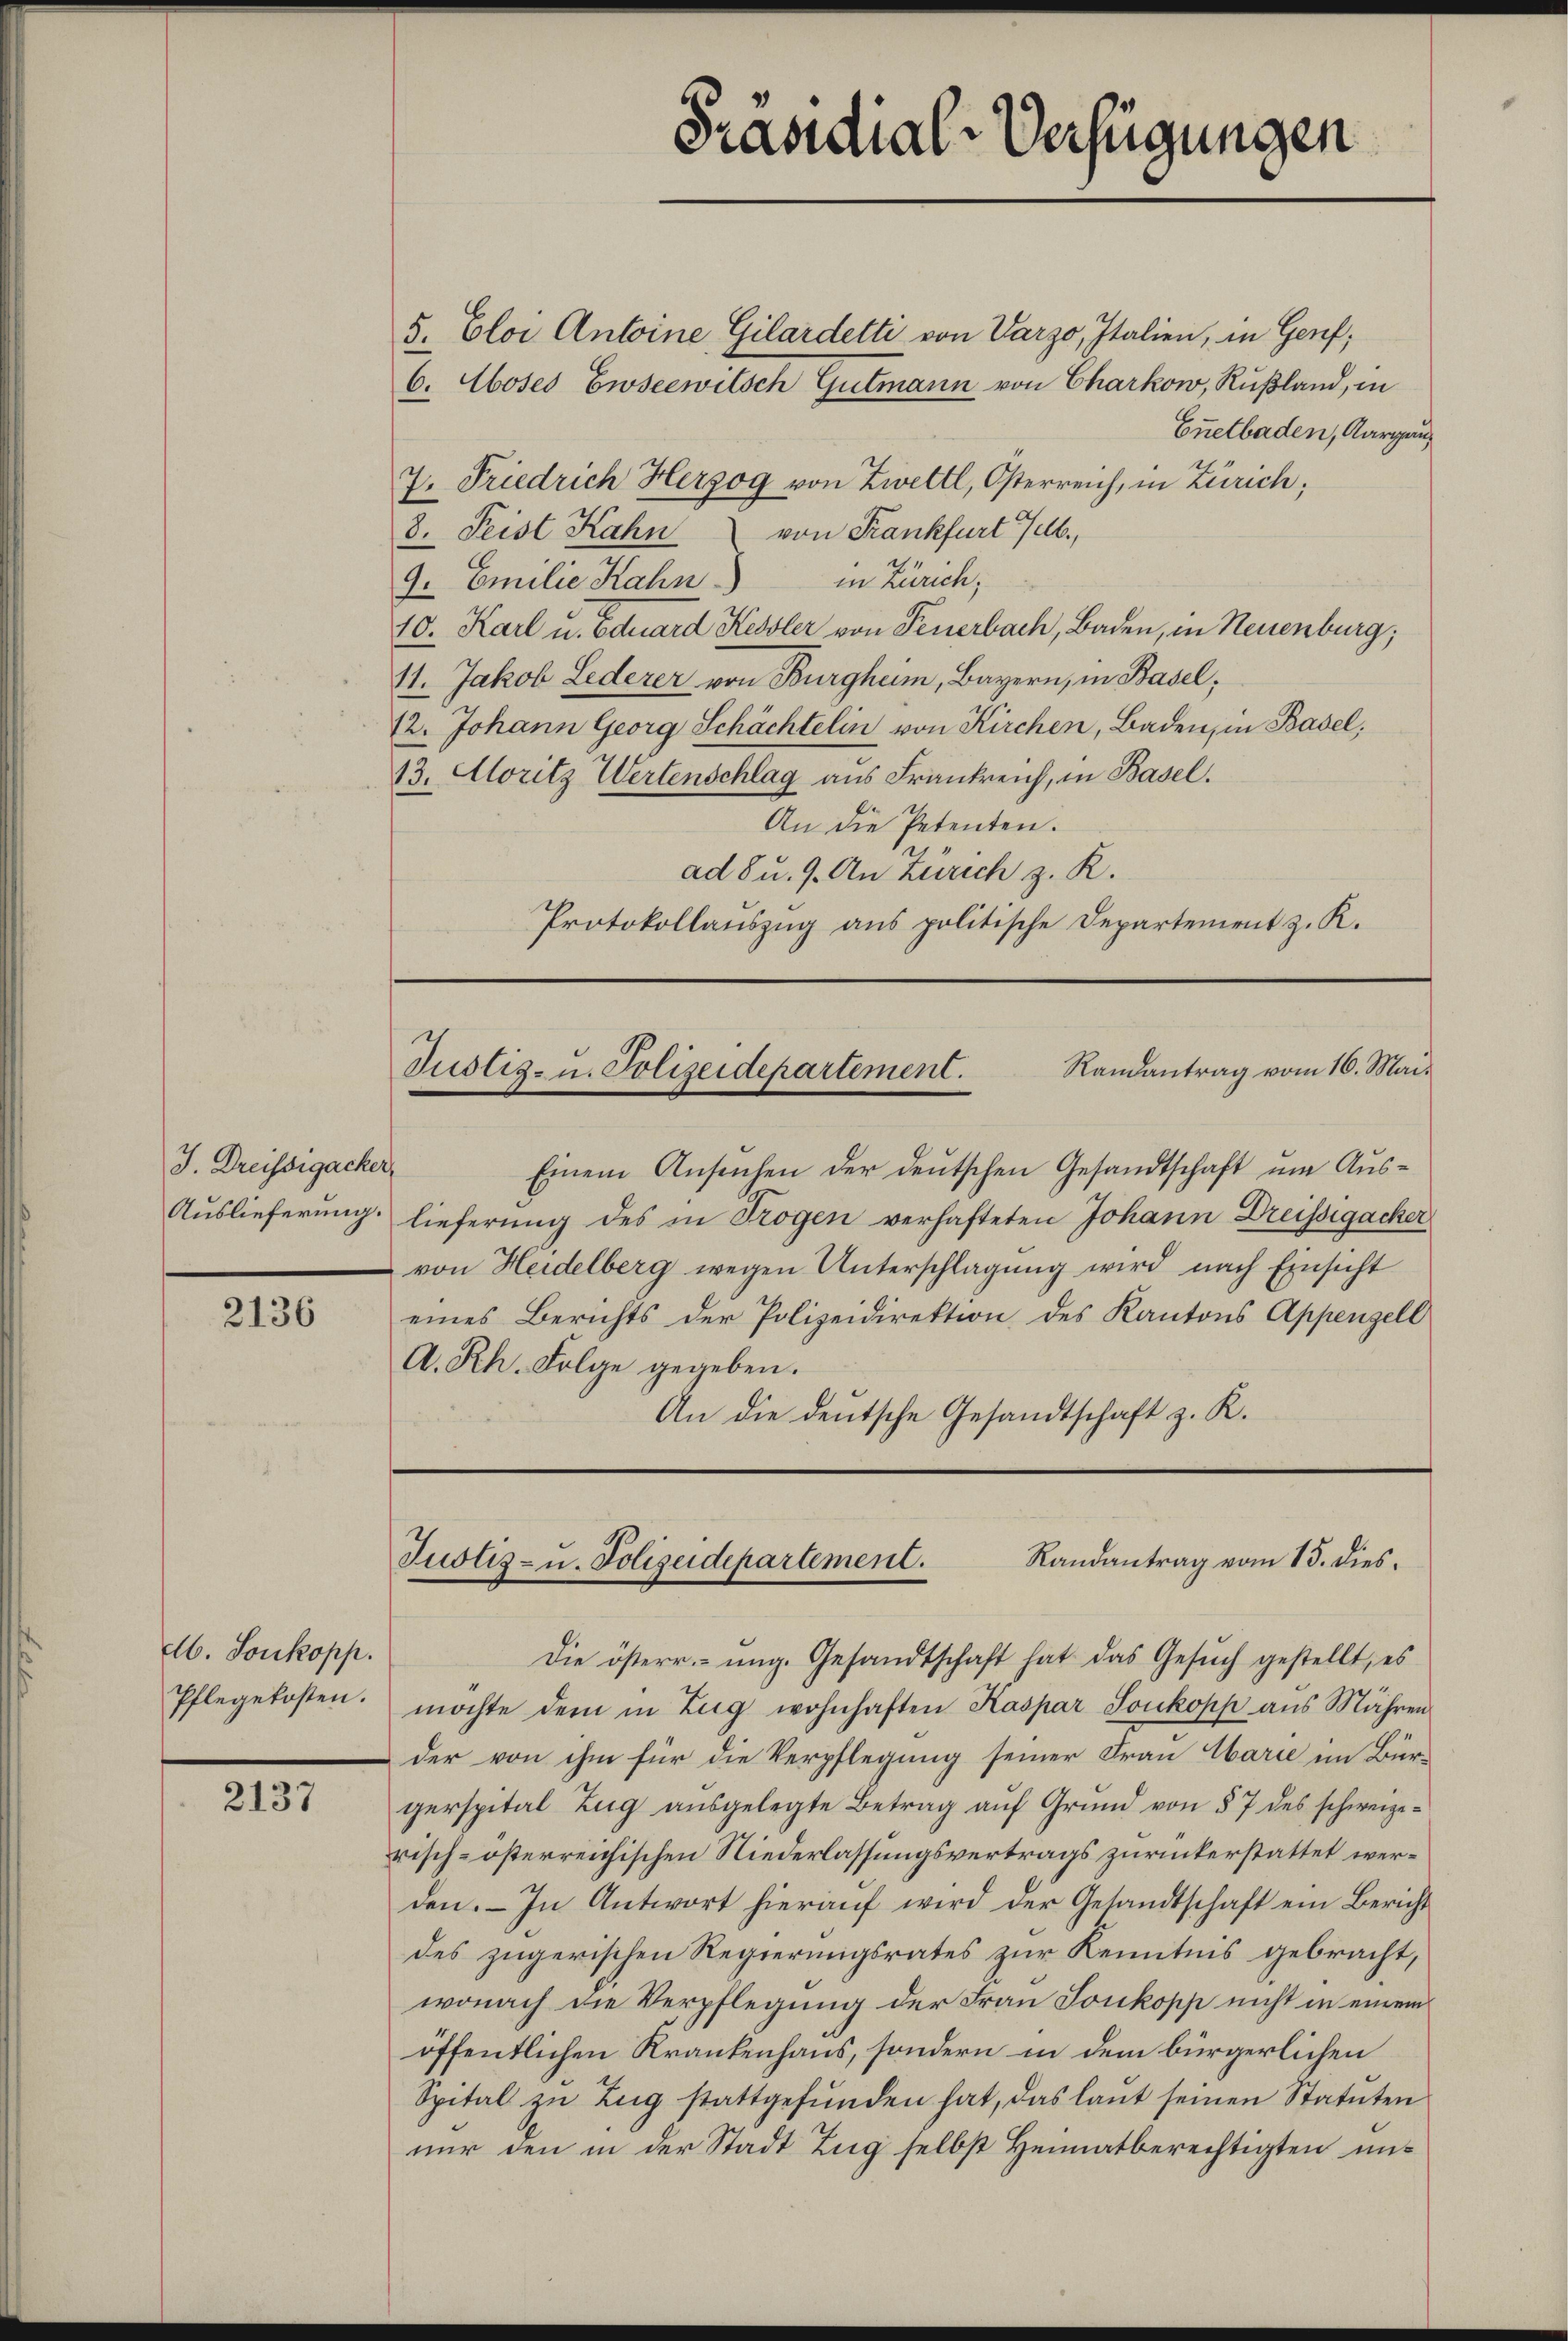
J. Dreissigacker,
Auslieferung.

2136

Ab. Soukopp.
Pflegekosten.

2137

Präsidial-Verfügungen

5. Eloi Antoine Gilardetti von Varzo, Italien, in Genf;
C. Aoses Ewseewitsch Gutmann von Charkow, Rußland, in
Enetbaden, Aargau,
7. Friedrich Herzog von Zwettl, Osterreich, in Zürich;
8. Feist Kahn von Frankfurt selb
in Zürich;
9. Emilie Kahn.
10. Karl u. Eduard Kessler von Feuerbach, Baden, in Neuenburg;
11. Jakob Lederer von Burgheim, Bayern, in Basel,
12. Johann Georg Schächtelin von Kirchen, Baden, in Basel,
13. Moritz Wertenschlag aus Frankreich, in Basel.
An die Petenten.
ad 8 u. 9. An Zürich z. R.
Protokollauszug aus politische Departement z. K.

Randantrag vom 16. Mai.
Justiz- u. Polizeidepartement.

Einem Ansuchen der deutschen Gesandtschaft um Auslieferung des in Trogen verhafteten Johann Dreissigacker
von Heidelberg wegen Unterschlagung wird nach Einsicht
eines Berichts der Polizeidirektion des Kantons Appenzell
A.Rh. Folge gegeben.
An die deutsche Gesandtschaft z. R.

Justiz- u. Polizeidepartement. Randantrag vom 15. dies.

Die österr. ung. Gesandtschaft hat das Gesŭch gestellt, es
möchte dem in Zug wohnhaften Kaspar Soukopp aus Mähren
der von ihm für die Verpflegung seiner Frau Marie im Bür-
gerspital Zŭg aŭsgelegte Betrag aŭf Grŭnd von § 7 des schweize-
risch-österreichischen Niederlassungsvertrags zurückerstattet werden. – In Antwort hierauf wird der Gesandtschaft ein Bericht
des zugerischen Regierungsrates zur Kenntnis gebracht,
wonach die Verpflegung der Frau Soukopp nicht in einem
öffentlichen Krankenhaus, sondern in dem bürgerlichen
Spital zu Zug stattgefunden hat, das laut seinen Statuten
nur den in der Stadt Zug selbst Heimatberechtigten un¬